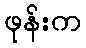
ဖုန်းက